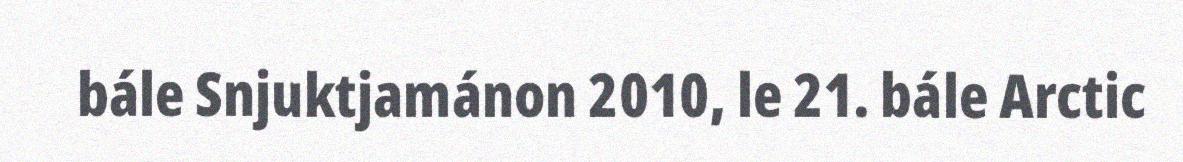
bále Snjuktjamánon 2010, le 21. bále Arctic